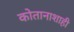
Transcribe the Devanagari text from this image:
कोतानाशाही